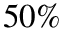
5 0 \%